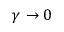
\gamma \rightarrow 0